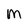
Character: m